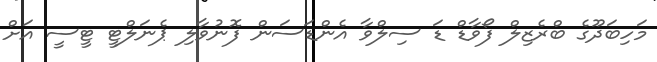
މަހިބަދޫގެ ބްރެޒިލް ފޯވާޑް ޑަ ސިލްވާ އެންޑަސަން ފޮނުވާލި ޕެނަލްޓީ ޓީސީ އަށް